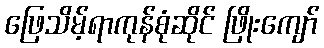
ဖြေသိမ့်ရာကုန်စုံဆိုင် ဖြိုးကျော်